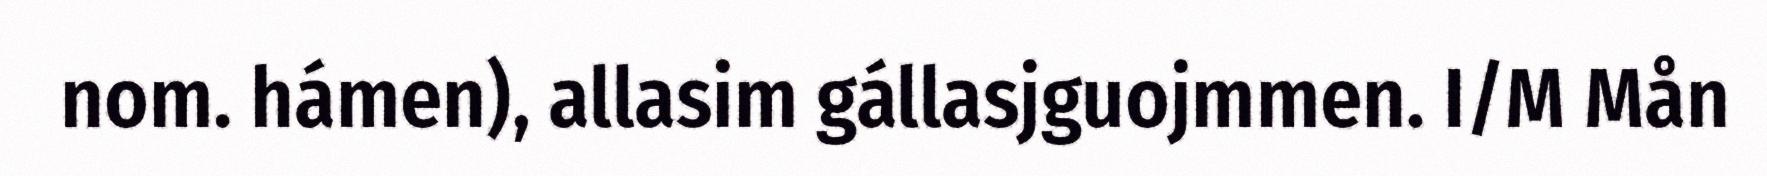
nom. hámen), allasim gállasjguojmmen. I/M Mån